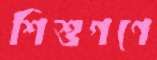
শিশুগণে